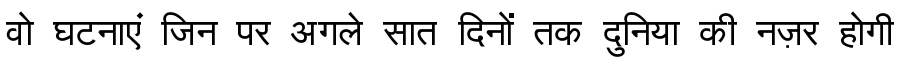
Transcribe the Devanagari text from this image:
वो घटनाएं जिन पर अगले सात दिनों तक दुनिया की नज़र होगी